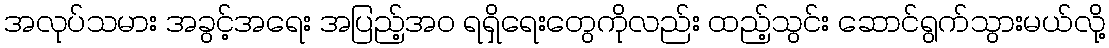
အလုပ်သမား အခွင့်အရေး အပြည့်အ၀ ရရှိရေးတွေကိုလည်း ထည့်သွင်း ဆောင်ရွက်သွားမယ်လို့